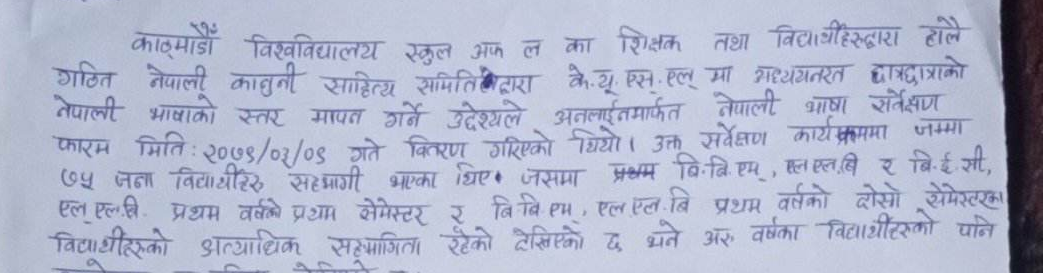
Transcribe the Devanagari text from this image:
काठमाण्डौँ विश्वविद्यालय स्कूल अफ ल का शिक्षक तथा विद्यार्थीहरुद्वारा हालै
गठित नेपाली कानूनी साहित्य समितिद्वारा के.यु. एस.एल.मा अध्ययनरत छात्रछात्राको
नेपाली भाषाको स्तर मापन गर्ने उद्देश्यले अनलाईनमार्फत नेपाली भाषा सर्वेक्षण
फारम मिति: २०७९/०३/०९ गते वितरण गरिएको थियो । उक्त सर्वेक्षण कार्यक्रममा जम्मा
७५ जना विद्यार्थीहरु सहभागी भएका थिए । जसमा प्रथम बि.बि.एम, एल.एल.बि र बि.ई.सी,
एल.एल.बि. प्रथम वर्षको प्रथम सेमेष्टर र बि.बि.एम, एल.एल.बि प्रथम वर्षको दोस्रो सेमेष्टरका
विद्यार्थीहरुको अत्यधिक सहभागिता रहेको देखिएको छ भने अरु वर्षका विद्यार्थीहरुको पनि